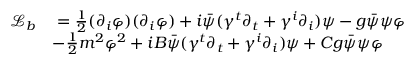
\begin{array} { r l } { \mathcal { L } _ { b } } & { \; = \frac { 1 } { 2 } ( \partial _ { i } \varphi ) ( \partial _ { i } \varphi ) + i \bar { \psi } ( \gamma ^ { t } \partial _ { t } + \gamma ^ { i } \partial _ { i } ) \psi - g \bar { \psi } \psi \varphi } \\ & { - \frac { 1 } { 2 } m ^ { 2 } \varphi ^ { 2 } + i B \bar { \psi } ( \gamma ^ { t } \partial _ { t } + \gamma ^ { i } \partial _ { i } ) \psi + C g \bar { \psi } \psi \varphi } \end{array}